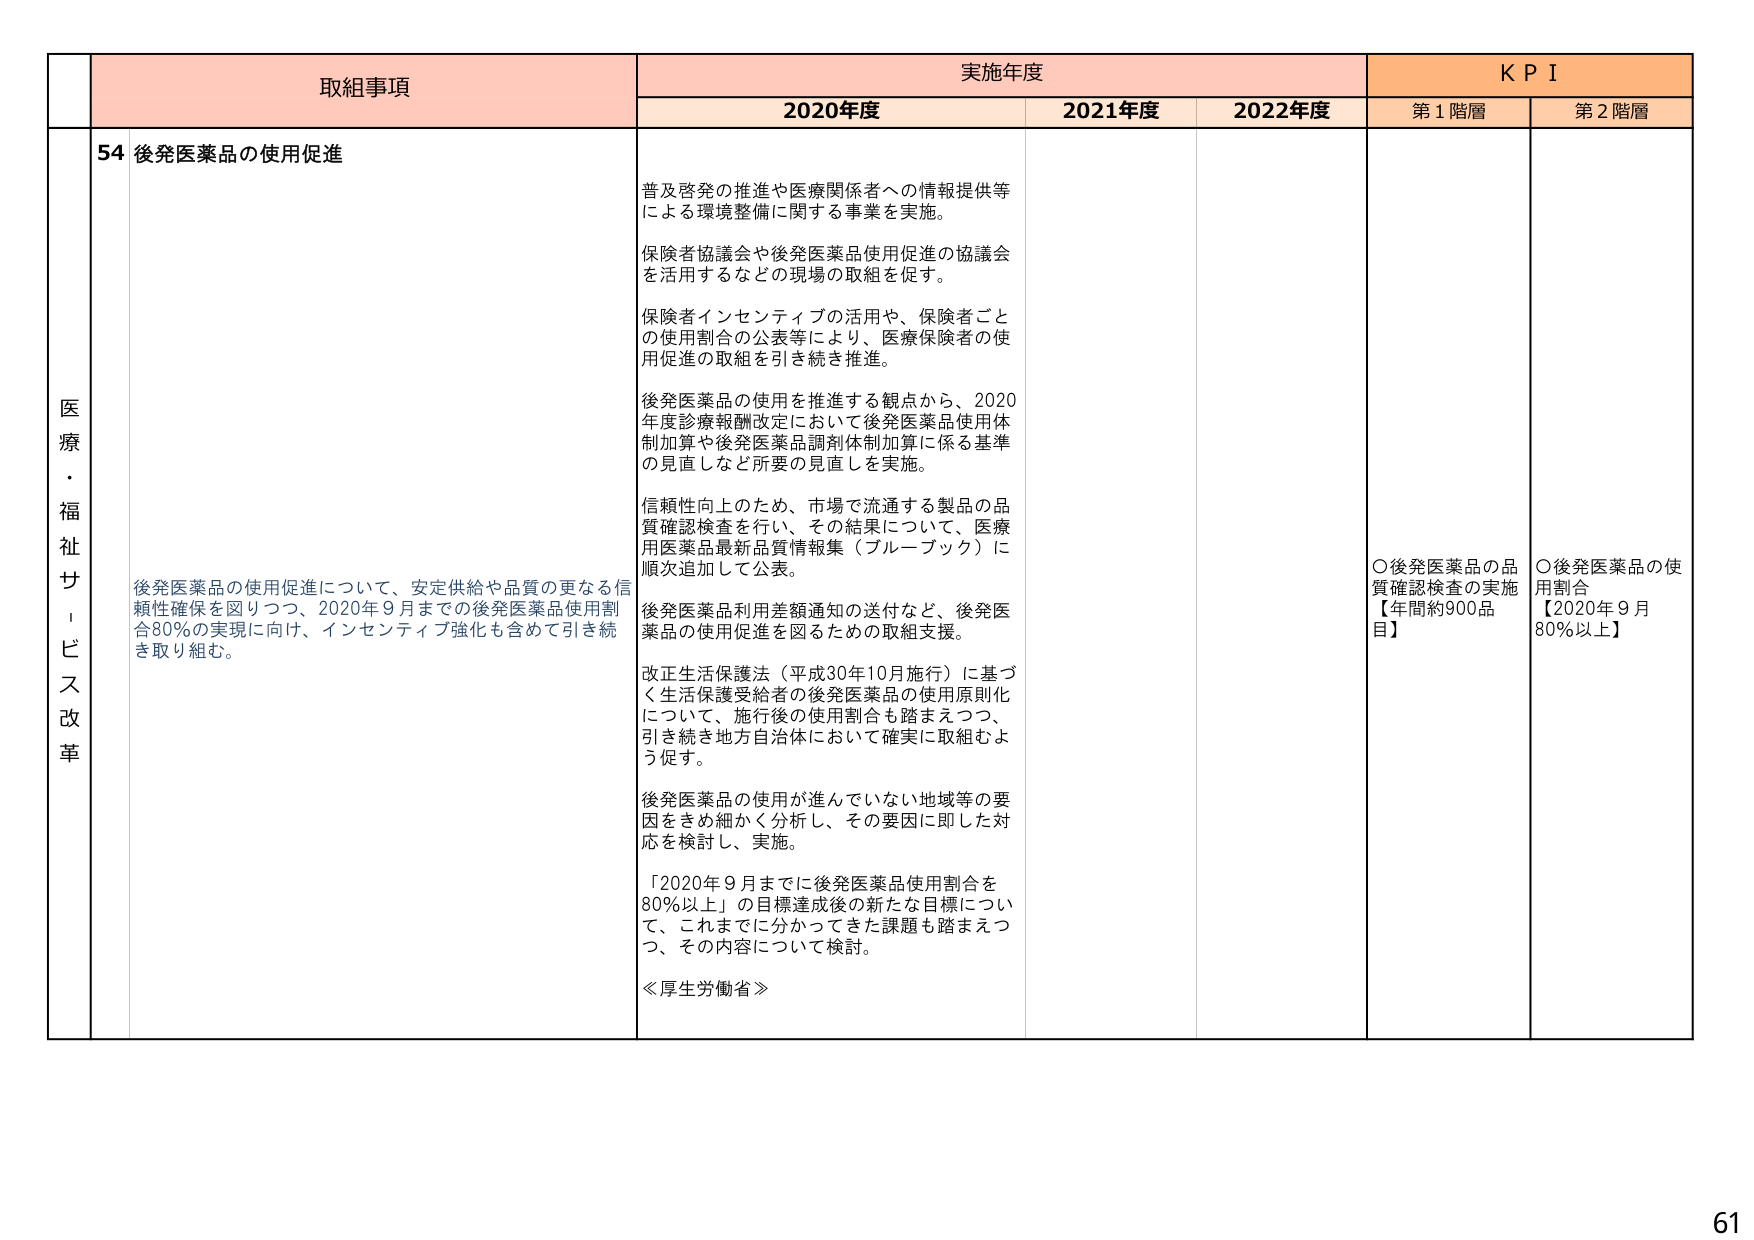
医療・福祉サービス改革

取組事項
54 後発医薬品の使用促進

後発医薬品の使用促進について、安定供給や品質の更なる信頼性確保を図りつつ、2020年9月までの後発医薬品使用割合80％の実現に向け、インセンティブ強化も含めて引き続き取り組む。

実施年度
2020年度
普及啓発の推進や医療関係者への情報提供等による環境整備に関する事業を実施。
保険者協議会や後発医薬品使用促進の協議会を活用するなどの現場の取組を促す。
保険者インセンティブの活用や、保険者ごとの使用割合の公表等により、医療保険者の使用促進の取組を引き続き推進。
後発医薬品の使用を推進する観点から、2020年度診療報酬改定において後発医薬品使用体制加算や後発医薬品調剤体制加算に係る基準の見直しなど所要の見直しを実施。
信頼性向上のため、市場で流通する製品の品質確認検査を行い、その結果について、医療用医薬品最新品質情報集（ブルーブック）に順次追加して公表。
後発医薬品利用差額通知の送付など、後発医薬品の使用促進を図るための取組支援。
改正生活保護法（平成30年10月施行）に基づく生活保護受給者の後発医薬品の使用原則化について、施行後の使用割合も踏まえつつ、引き続き地方自治体において確実に取組むよう促す。
後発医薬品の使用が進んでいない地域等の要因をきめ細かく分析し、その要因に即した対応を検討し、実施。
「2020年9月までに後発医薬品使用割合を80％以上」の目標達成後の新たな目標について、これまでに分かってきた課題も踏まえつつ、その内容について検討。
≪厚生労働省≫

2021年度
2022年度

KPI
第1階層
〇後発医薬品の品質確認検査の実施【年間約900品目】

第2階層
〇後発医薬品の使用割合【2020年9月80％以上】

61